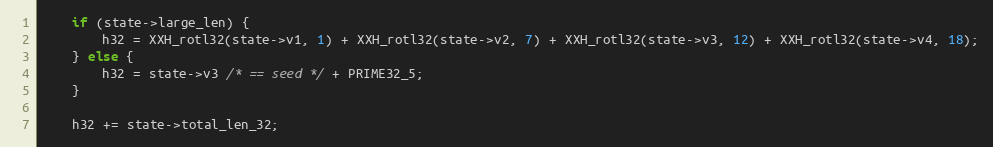
Language: C
    if (state->large_len) {
        h32 = XXH_rotl32(state->v1, 1) + XXH_rotl32(state->v2, 7) + XXH_rotl32(state->v3, 12) + XXH_rotl32(state->v4, 18);
    } else {
        h32 = state->v3 /* == seed */ + PRIME32_5;
    }

    h32 += state->total_len_32;